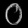
Digit: ၀